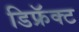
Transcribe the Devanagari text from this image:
डिफ्रॅक्ट